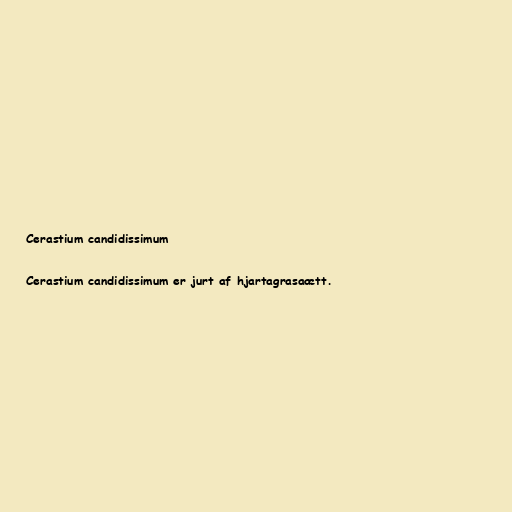
Cerastium candidissimum

Cerastium candidissimum er jurt af hjartagrasaætt.